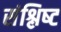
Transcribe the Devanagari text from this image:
संश्लिष्‍ट